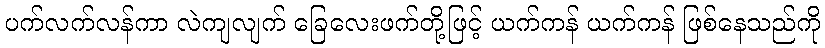
ပက်လက်လန်ကာ လဲကျလျက် ခြေလေးဖက်တို့ဖြင့် ယက်ကန် ယက်ကန် ဖြစ်နေသည်ကို